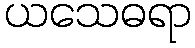
ယသေဓရာ